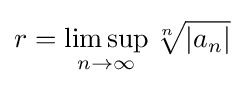
r=\limsup _{n\to \infty }{\sqrt[{n}]{|a_{n}|}}